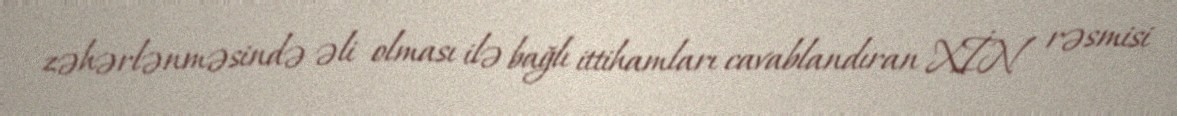
zəhərlənməsində əli olması ilə bağlı ittihamları cavablandıran XİN rəsmisi